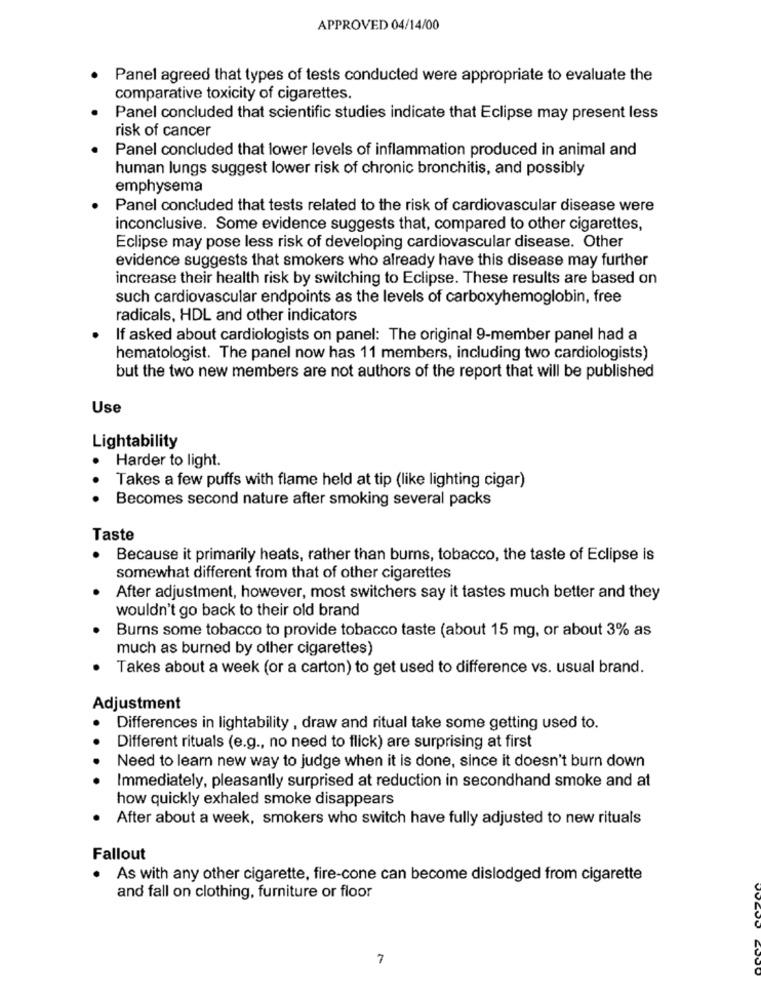
APPROVED 04/14/00
Panel agreed that types of tests conducted were appropriate to evaluate the
comparative toxicity of cigarettes.
Panel concluded that scientific studies indicate that Eclipse may present less
risk of cancer
Panel concluded that lower levels of inflammation produced in animal and
human lungs suggest lower risk of chronic bronchitis, and possibly
emphysema
Panel concluded that tests related to the risk of cardiovascular disease were
inconclusive. Some evidence suggests that, compared to other cigarettes,
Eclipse may pose less risk of developing cardiovascular disease. Other
evidence suggests that smokers who already have this disease may further
increase their health risk by switching to Eclipse. These results are based on
such cardiovascular endpoints as the levels of carboxyhemoglobin, free
radicals, HDL and other indicators
If asked about cardiologists on panel: The original 9-member panel had a
hematologist. The panel now has 11 members, including two cardiologists)
but the two new members are not authors of the report that will be published
Use
Lightability
Harder to light.
.
Takes a few puffs with flame held at tip (like lighting cigar)
Becomes second nature after smoking several packs
Taste
.
Because it primarily heats, rather than burns, tobacco, the taste of Eclipse is
somewhat different from that of other cigarettes
After adjustment, however, most switchers say it tastes much better and they
wouldn't go back to their old brand
Burns some tobacco to provide tobacco taste (about 15 mg, or about 3% as
much as burned by other cigarettes)
Takes about a week (or a carton) to get used to difference vs. usual brand.
Adjustment
Differences in lightability , draw and ritual take some getting used to.
Different rituals (e.g ., no need to flick) are surprising at first
Need to learn new way to judge when it is done, since it doesn't burn down
Immediately, pleasantly surprised at reduction in secondhand smoke and at
how quickly exhaled smoke disappears
After about a week, smokers who switch have fully adjusted to new rituals
Fallout
.
As with any other cigarette, fire-cone can become dislodged from cigarette
and fall on clothing, furniture or floor
7